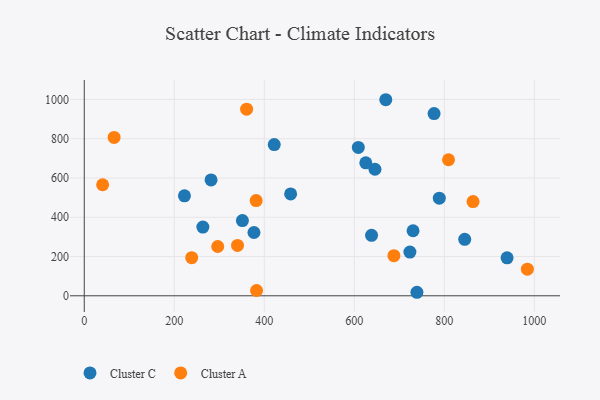
{"axis": {"x": "Experience", "y": "Fuel Efficiency"}, "legend": ["Cluster A", "Cluster C"], "data": [{"x": "845.3", "y": 287.7, "type": "Cluster C"}, {"x": "788.8", "y": 497.2, "type": "Cluster C"}, {"x": "638.3", "y": 307.9, "type": "Cluster C"}, {"x": "422.1", "y": 770.2, "type": "Cluster C"}, {"x": "281.7", "y": 589.9, "type": "Cluster C"}, {"x": "777.2", "y": 927.9, "type": "Cluster C"}, {"x": "723.5", "y": 222.4, "type": "Cluster C"}, {"x": "458.5", "y": 518.8, "type": "Cluster C"}, {"x": "608.9", "y": 755.8, "type": "Cluster C"}, {"x": "645.9", "y": 644.4, "type": "Cluster C"}, {"x": "351.4", "y": 383.3, "type": "Cluster C"}, {"x": "625.5", "y": 677.2, "type": "Cluster C"}, {"x": "669.9", "y": 998.5, "type": "Cluster C"}, {"x": "222.6", "y": 508.9, "type": "Cluster C"}, {"x": "377.0", "y": 322.2, "type": "Cluster C"}, {"x": "939.4", "y": 193.2, "type": "Cluster C"}, {"x": "739.1", "y": 17.9, "type": "Cluster C"}, {"x": "730.5", "y": 331.3, "type": "Cluster C"}, {"x": "263.5", "y": 350.1, "type": "Cluster C"}, {"x": "863.8", "y": 479.9, "type": "Cluster A"}, {"x": "340.5", "y": 256.6, "type": "Cluster A"}, {"x": "688.0", "y": 204.3, "type": "Cluster A"}, {"x": "381.9", "y": 484.9, "type": "Cluster A"}, {"x": "40.8", "y": 565.5, "type": "Cluster A"}, {"x": "382.8", "y": 27.0, "type": "Cluster A"}, {"x": "360.7", "y": 950.3, "type": "Cluster A"}, {"x": "984.5", "y": 135.7, "type": "Cluster A"}, {"x": "809.3", "y": 692.9, "type": "Cluster A"}, {"x": "296.5", "y": 251.1, "type": "Cluster A"}, {"x": "66.3", "y": 806.6, "type": "Cluster A"}, {"x": "238.7", "y": 193.9, "type": "Cluster A"}]}